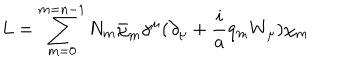
LaTeX: L = \sum _ { m = 0 } ^ { m = n - 1 } N _ { m } \bar { \chi } _ { m } \gamma ^ { \mu } ( \partial _ { \mu } + \frac { i } { a } q _ { m } W _ { \mu } ) \chi _ { m }